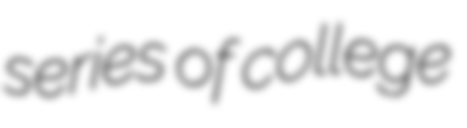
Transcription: series of college